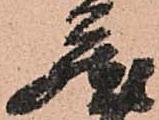
蔵